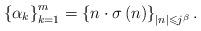
LaTeX: \begin{align*}\left\{ \alpha_{k}\right\} _{k=1}^{m}=\left\{ n\cdot\sigma\left( n\right)\right\} _{\left\vert n\right\vert \leqslant j^{\beta}}.\end{align*}